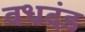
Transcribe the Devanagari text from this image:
वधदंड